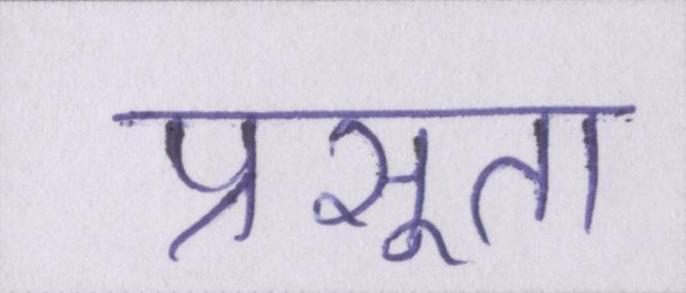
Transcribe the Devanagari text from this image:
प्रसूता